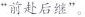
”前赴后继”。